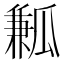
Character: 𤬓